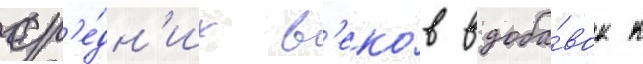
ср'е́дн'их в'еко́в вдоба́вок к